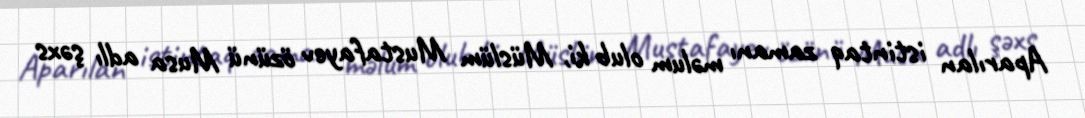
Aparılan istintaq zamanı məlum olub ki, Müslüm Mustafayev özünü Musa adlı şəxs